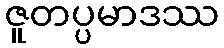
ဇူတပ္ပမာဒဿ